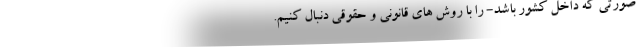
صورتی که داخل کشور باشد- را با روش های قانونی و حقوقی دنبال کنیم.